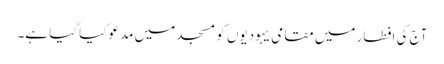
آج کی افطار میں مقامی یہودیوں کو مسجد میں مدعو کیا گیا ہے۔